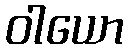
ဝါယော